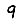
Digit: 9